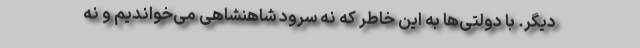
دیگر. با دولتی‌ها به این خاطر که نه سرود شاهنشاهی می‌خواندیم و نه